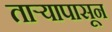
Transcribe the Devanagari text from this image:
तार्‍यापासून